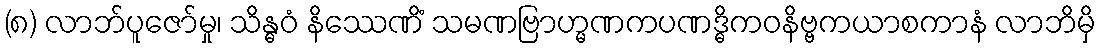
(၈) လာဘ်ပူဇော်မှု၊ သိန္ဓဝံ နိဿေဏိံ သမဏဗြာဟ္မဏကပဏဒ္ဓိကဝနိဗ္ဗကယာစကာနံ လာဘိမှိ